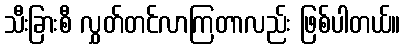
သီးခြားစီ လွှတ်တင်လာကြတာလည်း ဖြစ်ပါတယ်။